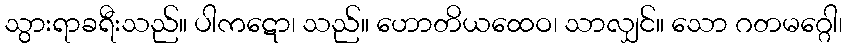
သွားရာခရီးသည်။ ပါကဋော၊ သည်။ ဟောတိယထေဝ၊ သာလျှင်။ သော ဂတမဂ္ဂေါ၊